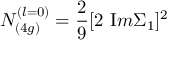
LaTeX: N _ { ( 4 g ) } ^ { ( l = 0 ) } = { \frac { 2 } { 9 } } [ 2 \ { \mathrm I m } \Sigma _ { 1 } ] ^ { 2 }